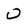
Character: 0